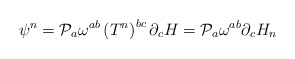
\begin{align*}\psi^n ={\cal{P}}_a \omega^{ab} \left(T^n\right)^{bc} \partial_c H={\cal{P}}_a \omega^{ab} \partial_c H_n\end{align*}